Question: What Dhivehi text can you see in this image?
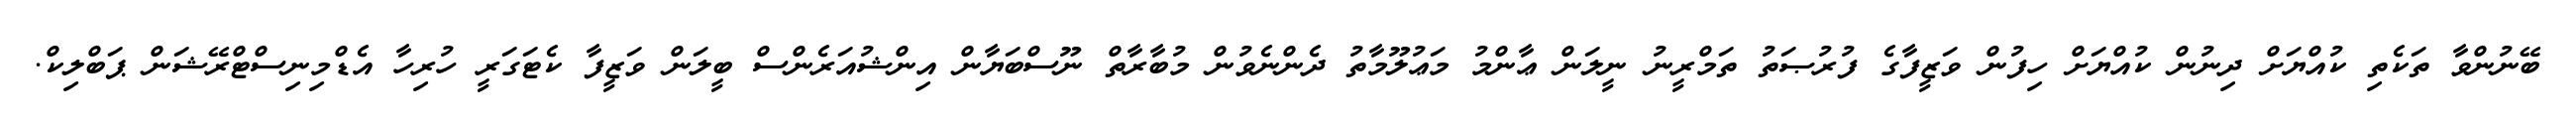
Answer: ބޭނުންވާ ތަކެތި ކުއްޔަށް ދިނުން ކުއްޔަށް ހިފުން ވަޒީފާގެ ފުރުޞަތު ތަމްރީނު ނީލަން ޢާންމު މަޢުލޫމާތު ދެންނެވުން މުބާރާތް ނޫސްބަޔާން އިންޝުއަރެންސް ބީލަން ވަޒީފާ ކެޓަގަރީ ހުރިހާ އެޑްމިނިސްޓްރޭޝަން ޕަބްލިކް.